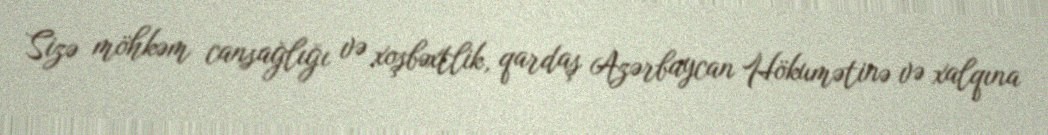
Sizə möhkəm cansağlığı və xoşbəxtlik, qardaş Azərbaycan Hökumətinə və xalqına